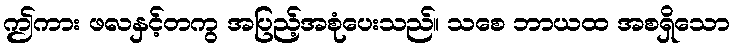
ဤကား ဖလနှင့်တကွ အပြည့်အစုံပေးသည်။ သစေ ဘာယထ အစရှိသော